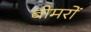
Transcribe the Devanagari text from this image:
बीमरों